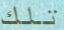
تلك